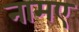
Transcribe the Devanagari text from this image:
नामए